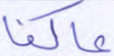
عاكفا